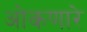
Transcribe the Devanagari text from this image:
ओकणारे